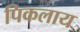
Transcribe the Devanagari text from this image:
पिकलाय